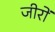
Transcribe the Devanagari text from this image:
जीरों